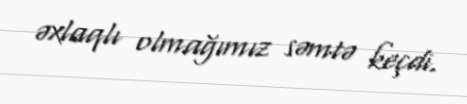
əxlaqlı olmağımız səmtə keçdi.